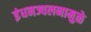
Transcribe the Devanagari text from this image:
इंधनज्वलनामुळे